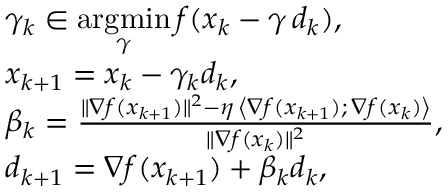
\begin{array} { r l } & { \gamma _ { k } \in \underset { \gamma } { \mathrm { a r g m i n } } \, f ( x _ { k } - \gamma \, d _ { k } ) , } \\ & { x _ { k + 1 } = x _ { k } - \gamma _ { k } d _ { k } , } \\ & { \beta _ { k } = \frac { \| \nabla f ( x _ { k + 1 } ) \| ^ { 2 } - \eta \, \left\langle \nabla f ( x _ { k + 1 } ) ; \, \nabla f ( x _ { k } ) \right\rangle } { \| \nabla f ( x _ { k } ) \| ^ { 2 } } , } \\ & { d _ { k + 1 } = \nabla f ( x _ { k + 1 } ) + \beta _ { k } d _ { k } , } \end{array}